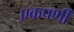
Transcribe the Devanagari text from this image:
एकपर्णी